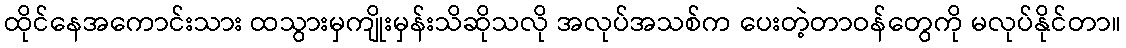
ထိုင်နေအကောင်းသား ထသွားမှကျိုးမှန်းသိဆိုသလို အလုပ်အသစ်က ပေးတဲ့တာဝန်တွေကို မလုပ်နိုင်တာ။